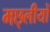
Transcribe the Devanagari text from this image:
मछ्लीयों